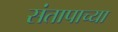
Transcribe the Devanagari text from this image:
संतापाच्या